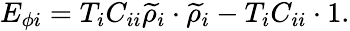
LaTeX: E_{\phi i}=T_{i}C_{ii}{\widetilde\rho}_{i}\cdot{\widetilde\rho}_{i}-T_{i}C_{ii}\cdot 1.